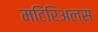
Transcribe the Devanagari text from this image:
मटिरिअल्स